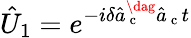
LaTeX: \hat{U}_{1}=e^{-i\delta\hat{a}_{\mathrm{~c~}}^{\dag}\hat{a}_{\mathrm{~c~}}t}